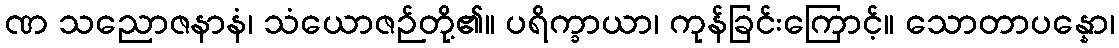
ဏ သညောဇနာနံ၊ သံယောဇဉ်တို့၏။ ပရိက္ခာယာ၊ ကုန်ခြင်းကြောင့်။ သောတာပန္နော၊